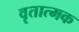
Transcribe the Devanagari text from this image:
वृतात्मक